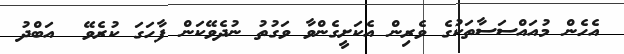
އެހެން މުއައްސަސާތަކުގެ ވެރިން އެކަށީގެންވާ ވަގުތު ނުދެވޭކަން ފާހަގަ ކުރެވޭ  އަބްދު